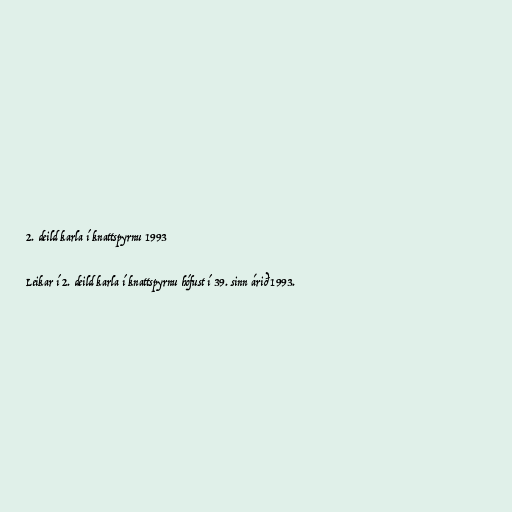
2. deild karla í knattspyrnu 1993

Leikar í 2. deild karla í knattspyrnu hófust í 39. sinn árið 1993.